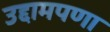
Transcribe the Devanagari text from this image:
उद्दामपणा